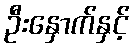
ဦးနှောက်နှင့်